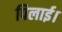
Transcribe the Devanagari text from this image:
पिलाई।